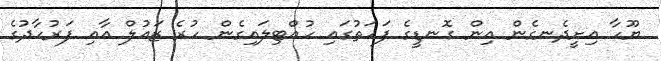
ޔޫހާ އިށީދެނގެން އިން ގޮނޑީގެ ފަހަތުގައި ހުއްޓިލައިގެން ހުރެ ޒައުލް އާއި ފަރުހާދުގެ